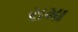
રામા